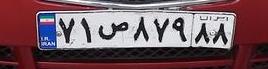
۷۱ص۸۷۹۸۸